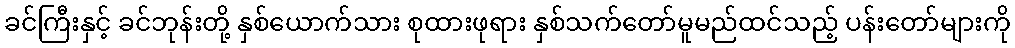
ခင်ကြီးနှင့် ခင်ဘုန်းတို့ နှစ်ယောက်သား စုထားဖုရား နှစ်သက်တော်မူမည်ထင်သည့် ပန်းတော်များကို